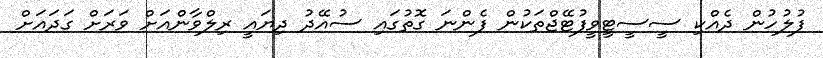
ފުލުހުން ދެއްކި ސީސީޓީވީފުޓޭޖްތަކުން ފެންނަ ގޮތުގައި ސުއޭދު ދިޔައީ ރިލްވާންއަށް ވަރަށް ގަދައަށް